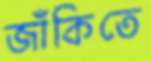
জাঁকিতে